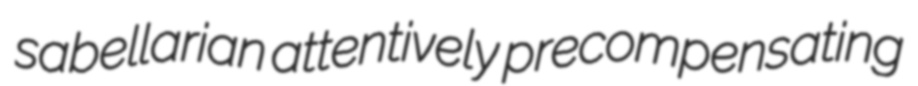
sabellarian attentively precompensating